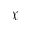
\mathcal { X }